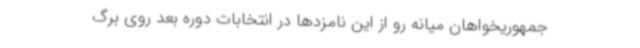
جمهوریخواهان میانه رو از این نامزدها در انتخابات دوره بعد روی برگ